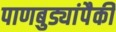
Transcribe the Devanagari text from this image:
पाणबुड्यांपैकी